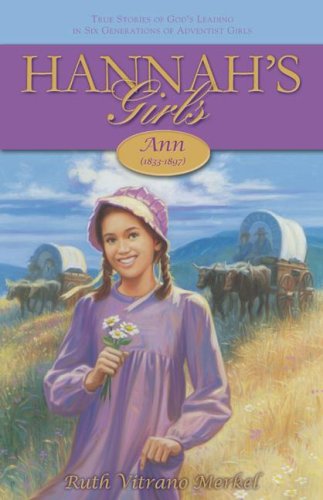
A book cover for Ann: 1833-1897 (Hannah's Girls); Ruth Vitrano Merkel; Christian Books & Bibles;